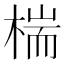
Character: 椯